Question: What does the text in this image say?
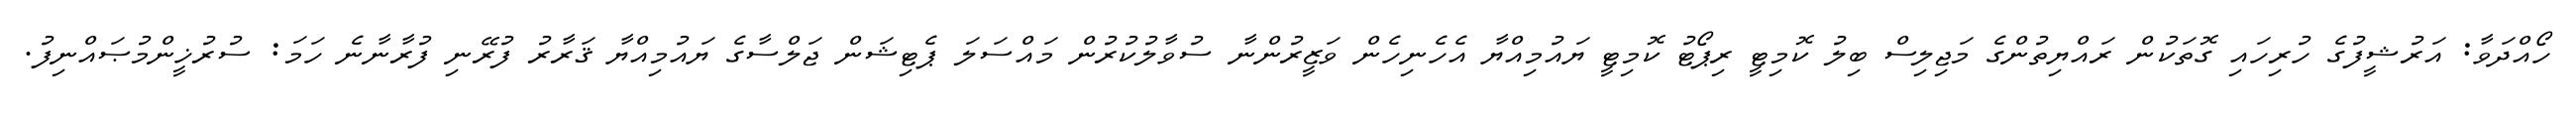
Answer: ހޯއްދަވާ: އަރުޝީފުގެ ހުރިހައި ގޮތަކުން ރައްޔިތުންގެ މަޖިލިސް ބިލު ކޮމިޓީ ރިޕޯޓު ކޮމިޓީ ޔައުމިއްޔާ އެހެނިހެން ވަޒީރުންނާ ސުވާލުކުރުން މައްސަލަ ޕެޓިޝަން ޖަލްސާގެ ޔައުމިއްޔާ ޤަރާރު ފުރޭނި ފުރާނާނެ ހަމަ: ސުރުޚީންމުޞައްނިފު.